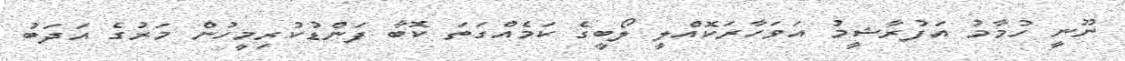
ނޫނީ ހުމާމު އަފުރާޝީމު އަވަހާރަކޮއްލީ ލޯބީގެ ކަމެއްގަތަ ކޮބާ ފަންޑުކުރިމީހުން މަރުގެ އަދަބު